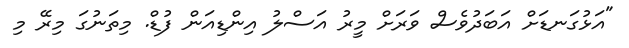
"އަޅުގަނޑަށް އަބަދުވެސް ވަރަށް މީރު އަސްލު އިންޑިއަން ފުޑް. މިތަނުގަ މިރޭ މި